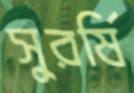
সুরর্ষি